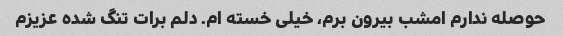
حوصله ندارم امشب بیرون برم، خیلی خسته ام. دلم برات تنگ شده عزیزم